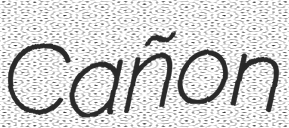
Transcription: Cañon